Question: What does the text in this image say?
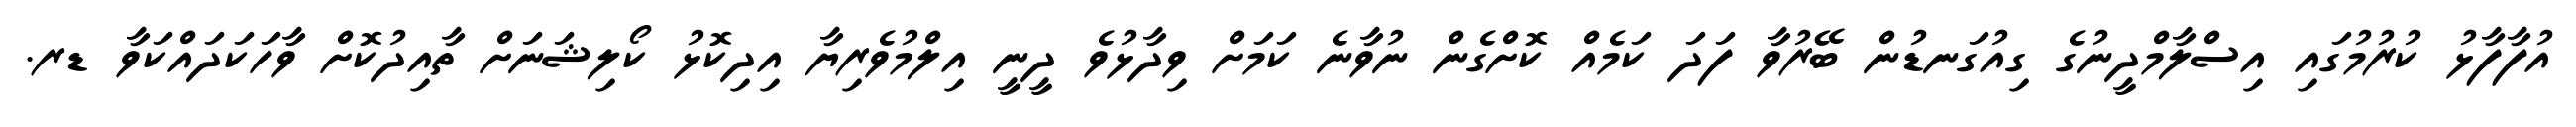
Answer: އުފާފާޅު ކުރުމުގައި އިސްލާމްދީނުގެ ގިއުގަނޑުން ބޭރުވާ ފަދަ ކަމެއް ކޮށްގެން ނުވާނެ ކަމަށް ވިދާޅުވެ ދީނީ އިލްމުވެރިޔާ އިދިކޮޅު ކޯލިޝަނަށް ތާއިދުކޮށް ވާހަކަދައްކަވާ ޑރ.